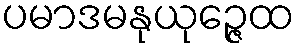
ပမာဒမနုယုဉ္ဇေထ